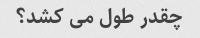
چقدر طول می کشد؟